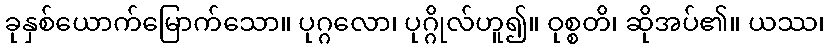
ခုနှစ်ယောက်မြောက်သော။ ပုဂ္ဂလော၊ ပုဂ္ဂိုလ်ဟူ၍။ ဝုစ္စတိ၊ ဆိုအပ်၏။ ယဿ၊